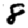
Digit: 8